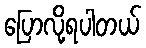
ပြောလို့ရပါတယ်